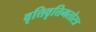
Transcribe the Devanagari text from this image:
वृत्तिवृत्तिमतोरत्र